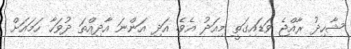
ޝާހިދު ރާއްޖެ ވަޑައިގަތީ މިއަދު އެވެ. އަދި އަންނަ އާދިއްތަ ދުވަހާ ހަމައަށް